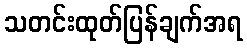
သတင်းထုတ်ပြန်ချက်အရ